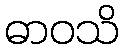
ဓာဝသိ